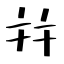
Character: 幷